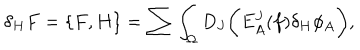
LaTeX: \delta _ { H } F = \{ F , H \} = \sum \int _ { \Omega } D _ { J } \biggl ( E _ { A } ^ { J } ( f ) \delta _ { H } \phi _ { A } \biggr ) ,